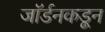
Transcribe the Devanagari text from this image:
जॉर्डनकडून